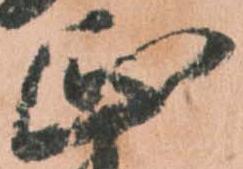
正